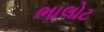
ભાલોટ